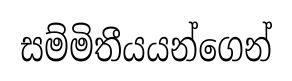
සම්මිතීයයන්ගෙන්